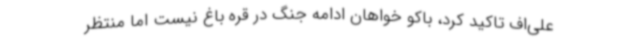
علی‌اف تاکید کرد، باکو خواهان ادامه جنگ در قره باغ نیست اما منتظر